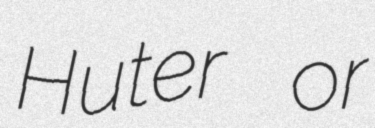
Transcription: Huter or